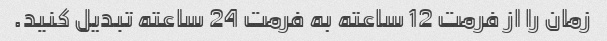
زمان را از فرمت 12 ساعته به فرمت 24 ساعته تبدیل کنید.